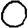
Digit: 0